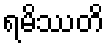
ရမိဿတိ